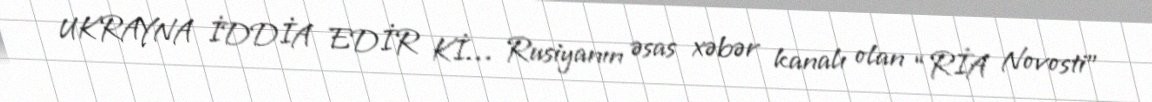
UKRAYNA İDDİA EDİR Kİ… Rusiyanın əsas xəbər kanalı olan “RİA Novosti”